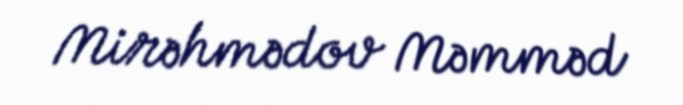
Mirəhmədov Məmməd